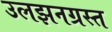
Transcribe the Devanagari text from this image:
उलझनग्रस्त